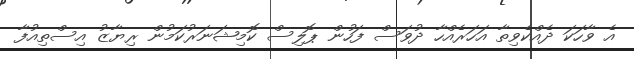
އެ ވާހަކަ ދެއްކެވިތާ އަހަރެއްހާ ދުވަސް ފަހުން ޕޮލިސް ކޮމިޝަނަރުކަމުން ރިޔާޒު އިސްތިއުފާ